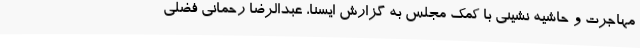
مهاجرت و حاشیه نشینی با کمک مجلس به گزارش ایسنا، عبدالرضا رحمانی فضلی